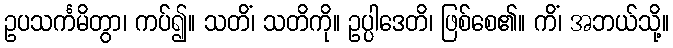
ဥပသင်္ကမိတွာ၊ ကပ်၍။ သတိံ၊ သတိကို။ ဥပ္ပါဒေတိ၊ ဖြစ်စေ၏။ ကိံ၊ အဘယ်သို့။